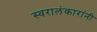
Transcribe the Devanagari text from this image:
स्वरालंकारांनी